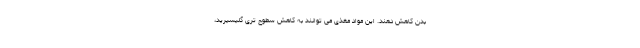
بدن کاهش دهند. این مواد مغذی می توانند به کاهش سطوح تری گلیسیرید،